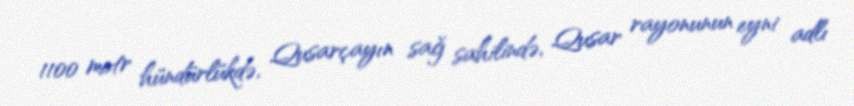
1100 metr hündürlükdə, Qusarçayın sağ sahilində, Qusar rayonunun eyni adlı